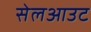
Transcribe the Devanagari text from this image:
सेलआउट